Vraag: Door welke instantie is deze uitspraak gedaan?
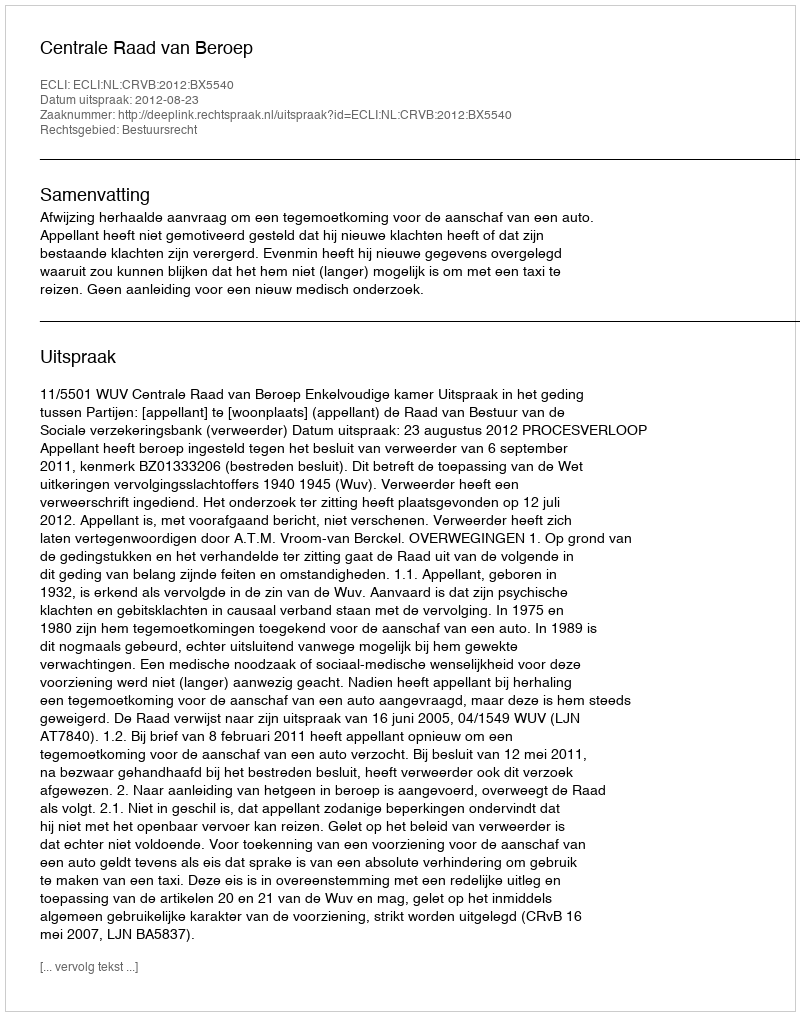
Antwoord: Centrale Raad van Beroep